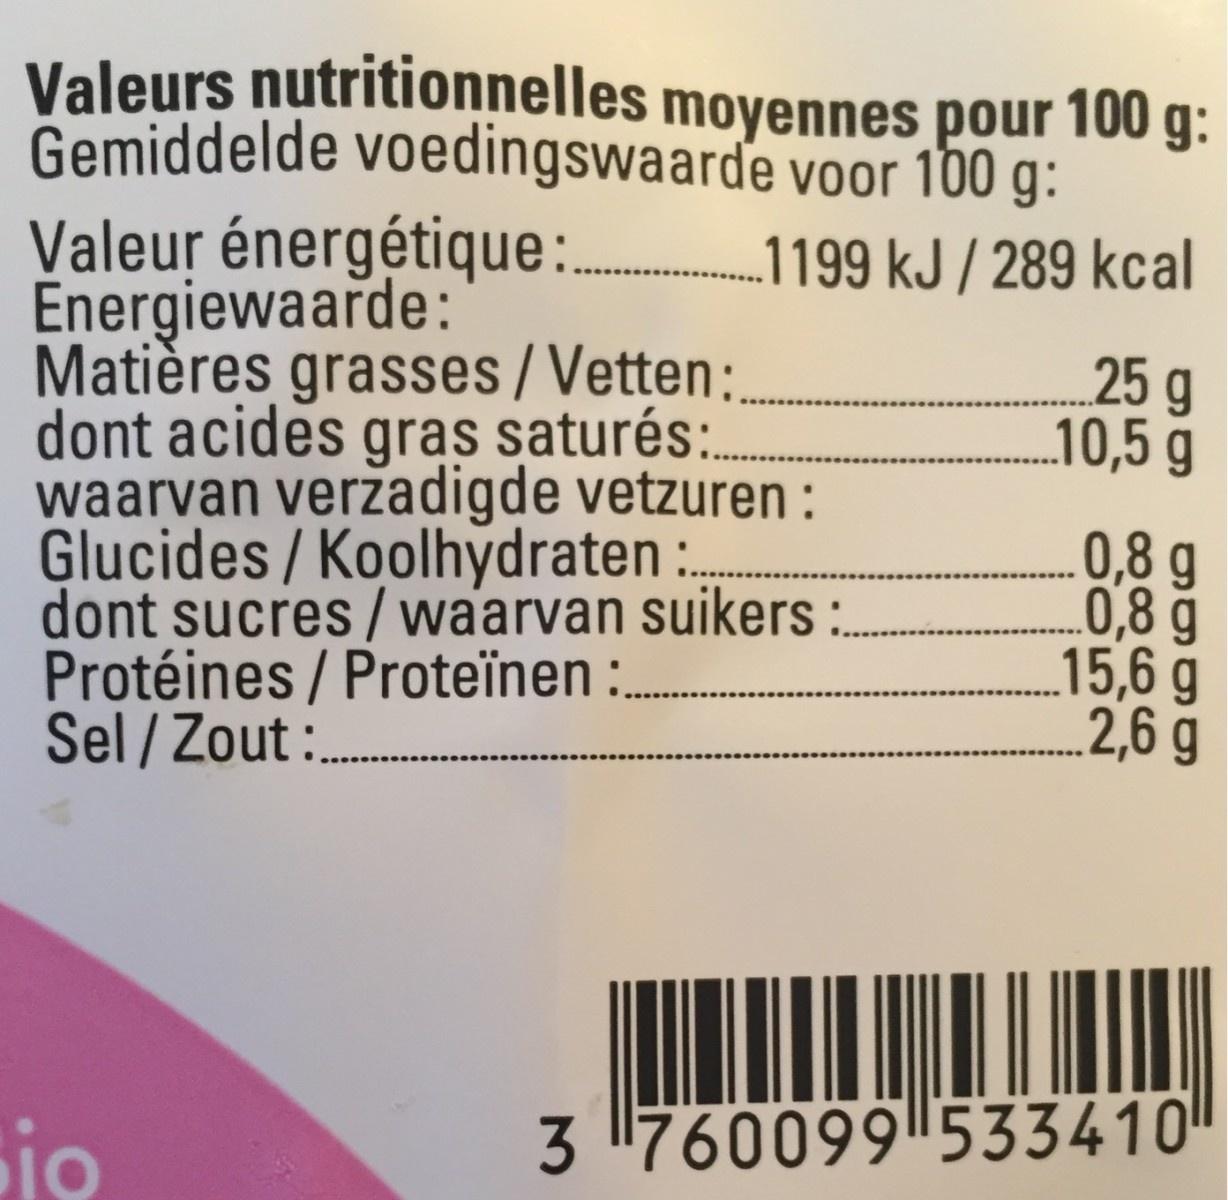
Valeurs nutritionnelles moyennes pour 100 g: Gemiddelde voedingswaarde voor 180 g:
Valeur énergétique:. 1199 kJ / 289 kcal Energiewaarde: Matières grasses/Vetten: dont acides gras saturés:. waarvan verzadigde vetzuren : Glucides/ Koolhydraten :. dont sucres/waarvan suikers : Protéines / Proteïnen :. Sel / Zout :
25g 10,5 g
0,8 g 0,8 g 15,6 g 2,6 g
io
3 760099 533410"